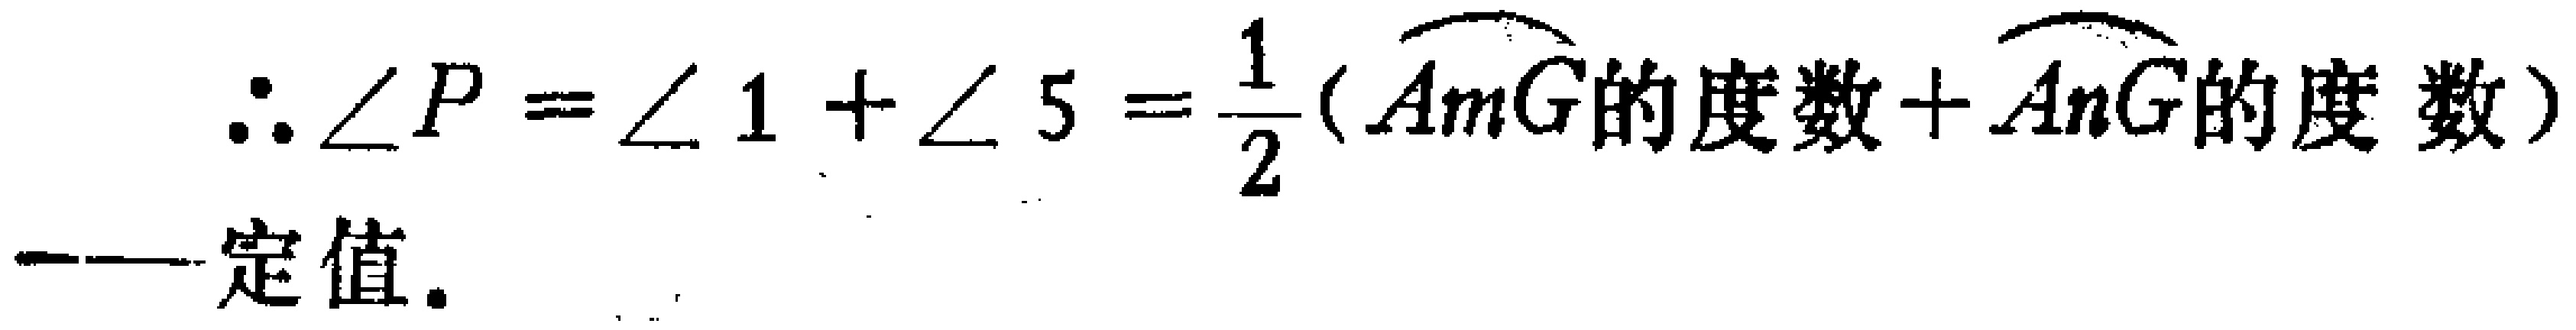
\[\therefore \angle P = \angle 1+\angle 5=\frac{1}{2}(\overset{\frown}{AmG}\text{的度数}+\overset{\frown}{AnG}\text{的度数})\]
——定值。